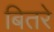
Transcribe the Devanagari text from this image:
बितरे